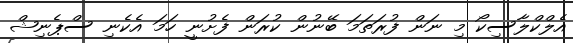
އެލްކްލާސިކޯ މި ނަން ފުރަތަމަ ބޭނުން ކުރަން ފެށުނީ ހަމަ އެކެނި ސްޕެނިޝް